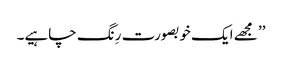
’’ مجھے ایک خوبصورت رِنگ چاہیے۔